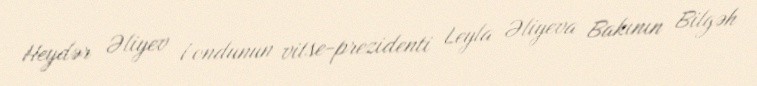
Heydər Əliyev Fondunun vitse-prezidenti Leyla Əliyeva Bakının Bilgəh